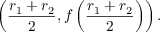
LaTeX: \left( { \frac { r _ { 1 } + r _ { 2 } } { 2 } } , f \left( { \frac { r _ { 1 } + r _ { 2 } } { 2 } } \right) \right) .